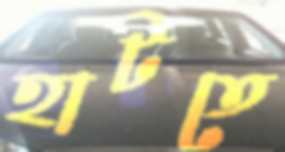
হাটতে